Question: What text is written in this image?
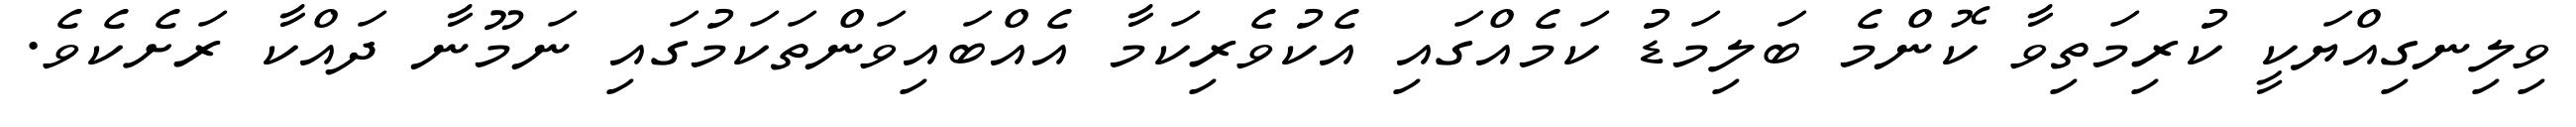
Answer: ވިލިނގިއްޔަކީ ކުރިމަތިވާ ކޮންމެ ބަލިމަޑު ކަމެއްގައި އެކުވެރިކަމާ އެއްބައިވަންތަކަމުގައި ނަމޫނާ ދައްކާ ރަށެކެވެ.